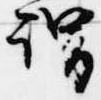
謂